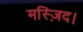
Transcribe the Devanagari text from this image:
मस्ज़िद।